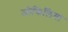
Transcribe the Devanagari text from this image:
जोफिलिया